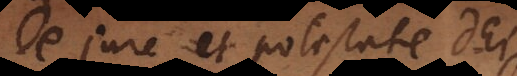
e jure et potestate Dei